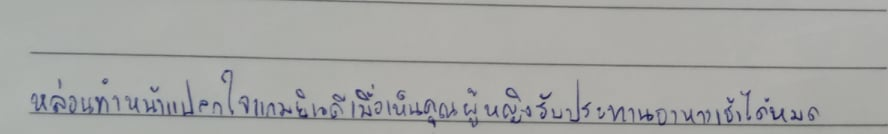
หล่อนทำหน้าแปลกใจแกมยินดีเมื่อเห็นคุณผู้หญิงรับประทานอาหารเช้าได้หมด